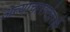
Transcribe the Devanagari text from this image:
अत्याचारानंतरही